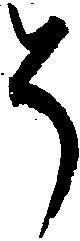
そ